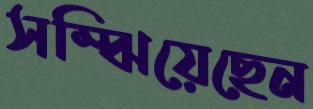
সম্‌ঝিয়েছেন